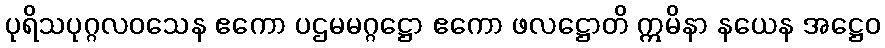
ပုရိသပုဂ္ဂလဝသေန ဧကော ပဌမမဂ္ဂဋ္ဌော ဧကော ဖလဋ္ဌောတိ ဣမိနာ နယေန အဋ္ဌေဝ